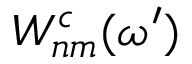
W _ { n m } ^ { c } ( \omega ^ { \prime } )